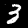
Digit: 3